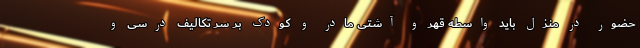
حضور در منزل باید واسطه قهر و آشتی مادر و کودک بر سر تکالیف درسی و